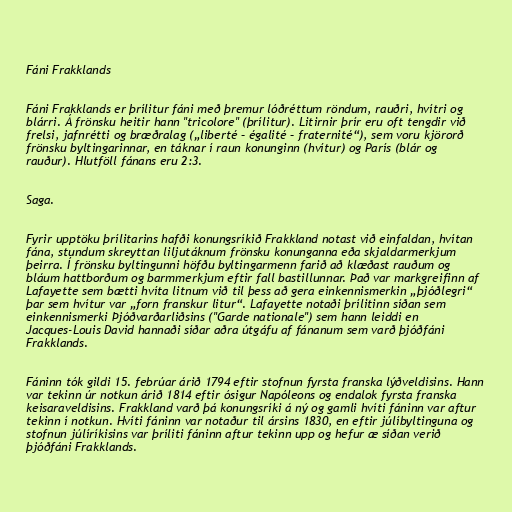
Fáni Frakklands

Fáni Frakklands er þrílitur fáni með þremur lóðréttum röndum, rauðri, hvítri og
blárri. Á frönsku heitir hann "tricolore" (þrílitur). Litirnir þrír eru oft tengdir við
frelsi, jafnrétti og bræðralag („liberté – égalité – fraternité“), sem voru kjörorð
frönsku byltingarinnar, en táknar í raun konunginn (hvítur) og París (blár og
rauður). Hlutföll fánans eru 2:3.

Saga.

Fyrir upptöku þrílitarins hafði konungsríkið Frakkland notast við einfaldan, hvítan
fána, stundum skreyttan liljutáknum frönsku konunganna eða skjaldarmerkjum
þeirra. Í frönsku byltingunni höfðu byltingarmenn farið að klæðast rauðum og
bláum hattborðum og barmmerkjum eftir fall bastillunnar. Það var markgreifinn af
Lafayette sem bætti hvíta litnum við til þess að gera einkennismerkin „þjóðlegri“
þar sem hvítur var „forn franskur litur“. Lafayette notaði þrílitinn síðan sem
einkennismerki Þjóðvarðarliðsins ("Garde nationale") sem hann leiddi en
Jacques-Louis David hannaði síðar aðra útgáfu af fánanum sem varð þjóðfáni
Frakklands.

Fáninn tók gildi 15. febrúar árið 1794 eftir stofnun fyrsta franska lýðveldisins. Hann
var tekinn úr notkun árið 1814 eftir ósigur Napóleons og endalok fyrsta franska
keisaraveldisins. Frakkland varð þá konungsríki á ný og gamli hvíti fáninn var aftur
tekinn í notkun. Hvíti fáninn var notaður til ársins 1830, en eftir júlíbyltinguna og
stofnun júlíríkisins var þríliti fáninn aftur tekinn upp og hefur æ síðan verið
þjóðfáni Frakklands.